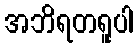
အဘိရတရူပါ